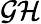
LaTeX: \mathcal{GH}